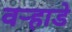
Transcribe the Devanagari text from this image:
वऱ्हाडे